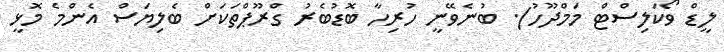
ލީޑް ވޯކަލިސްޓް މަމްދޫހު). ބުނެވޭނީ ހުރިހާ ބޮޑުބެރު ގްރޫޕްތަކަށް ބެލިޔަސް އެންމެ މޮޅީ